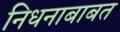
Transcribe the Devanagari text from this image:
निधनाबाबत